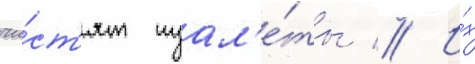
чи́ст'ят туал'е́ты // И́х